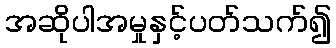
အဆိုပါအမှုနှင့်ပတ်သက်၍